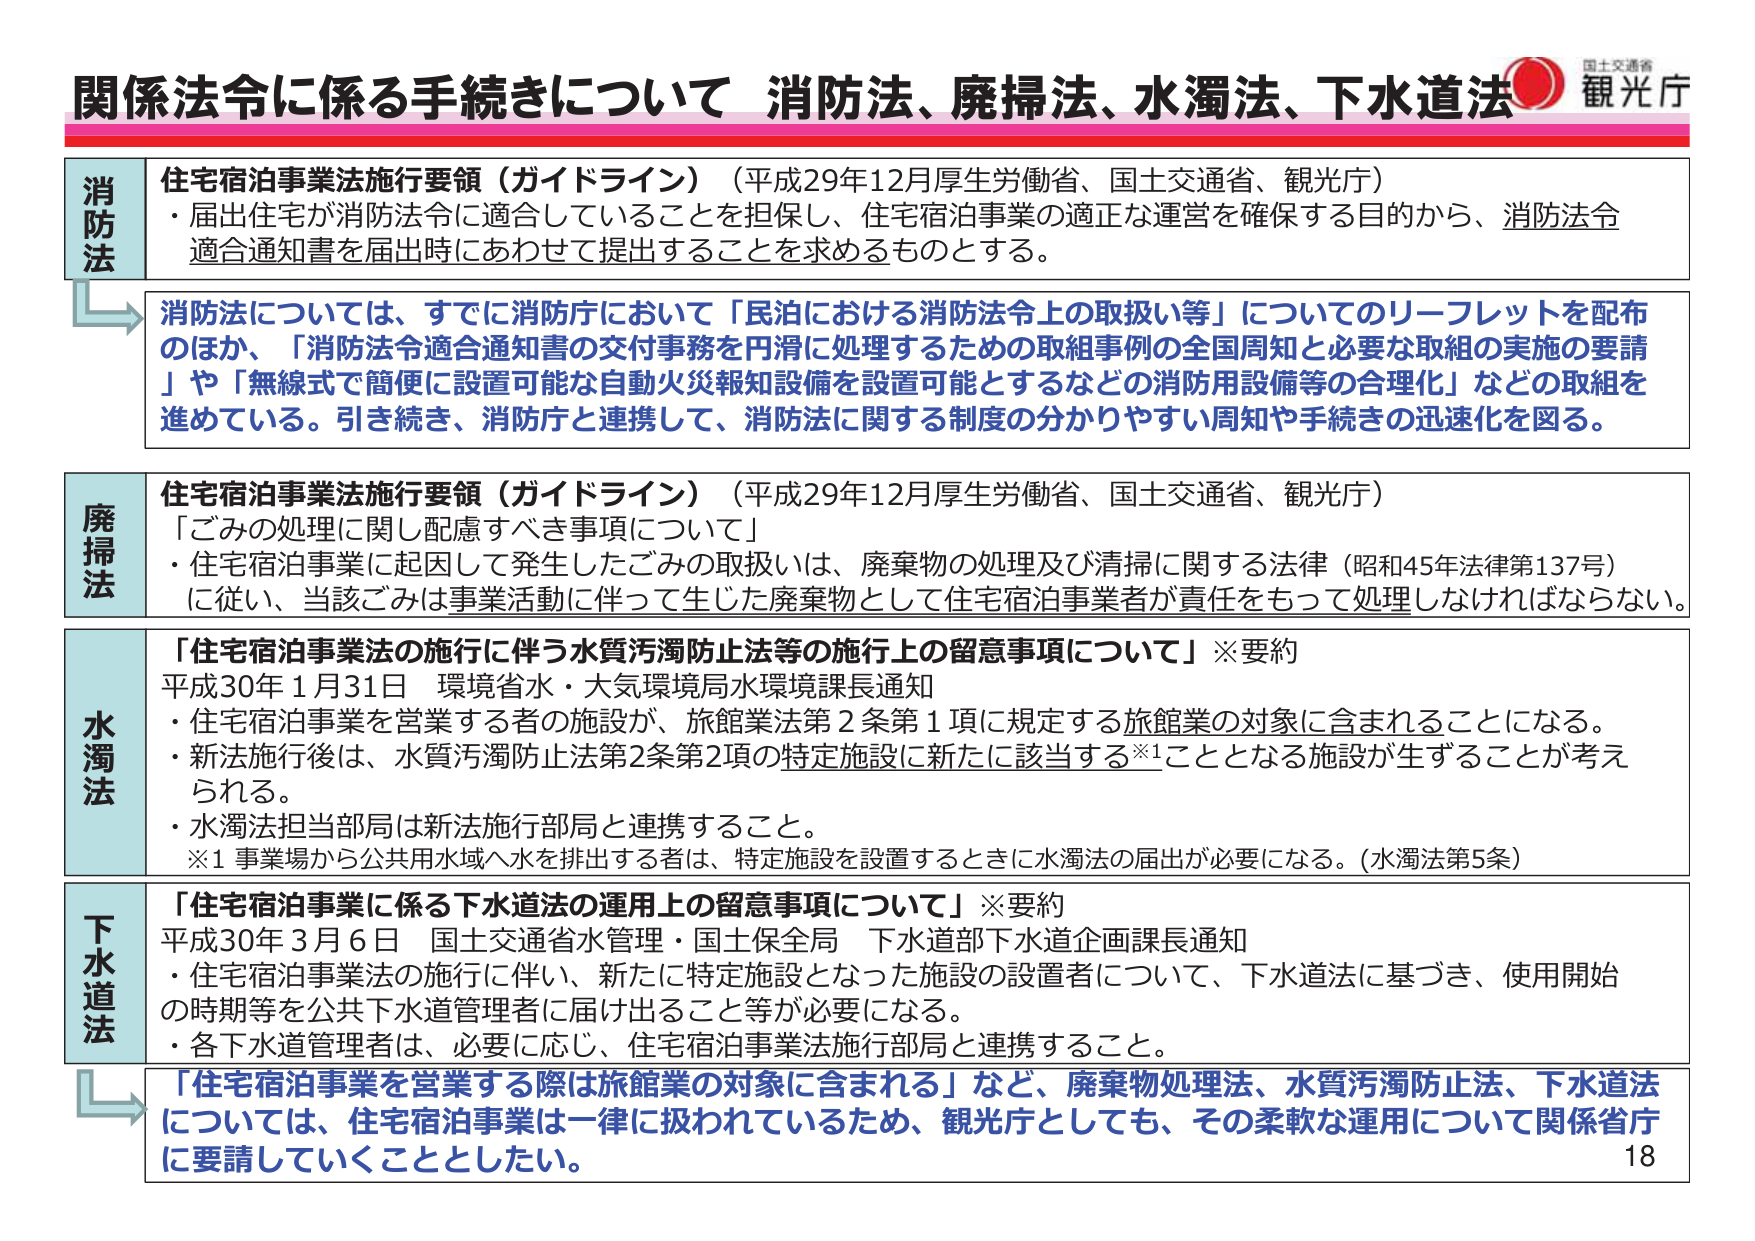
関係法令に係る手続きについて 消防法、廃掃法、水濁法、下水道法
国土交通省
観光庁

消防法
住宅宿泊事業法施行要領（ガイドライン）（平成29年12月厚生労働省、国土交通省、観光庁）
・届出住宅が消防法令に適合していることを担保し、住宅宿泊事業の適正な運営を確保する目的から、消防法令適合通知書を届出時にあわせて提出することを求めるものとする。

消防法については、すでに消防庁において「民泊における消防法令上の取扱い等」についてのリーフレットを配布のほか、「消防法令適合通知書の交付事務を円滑に処理するための取組事例の全国周知と必要な取組の実施の要請」や「無線式で簡便に設置可能な自動火災報知設備を設置可能とするなどの消防用設備等の合理化」などの取組を進めている。引き続き、消防庁と連携して、消防法に関する制度の分かりやすい周知や手続きの迅速化を図る。

廃掃法
住宅宿泊事業法施行要領（ガイドライン）（平成29年12月厚生労働省、国土交通省、観光庁）
「ごみの処理に関し配慮すべき事項について」
・住宅宿泊事業に起因して発生したごみの取扱いは、廃棄物の処理及び清掃に関する法律（昭和45年法律第137号）に従い、当該ごみは事業活動に伴って生じた廃棄物として住宅宿泊事業者が責任をもって処理しなければならない。

水濁法
「住宅宿泊事業法の施行に伴う水質汚濁防止法等の施行上の留意事項について」※要約
平成30年1月31日 環境省水・大気環境局水環境課長通知
・住宅宿泊事業を営業する者の施設が、旅館業法第2条第1項に規定する旅館業の対象に含まれることになる。
・新法施行後は、水質汚濁防止法第2条第2項の特定施設に新たに該当する※1こととなる施設が生ずることが考えられる。
・水濁法担当部局は新法施行部局と連携すること。
※1 事業場から公共用水域へ水を排出する者は、特定施設を設置するときに水濁法の届出が必要になる。（水濁法第5条）

下水道法
「住宅宿泊事業に係る下水道法の運用上の留意事項について」※要約
平成30年3月6日 国土交通省水管理・国土保全局 下水道部下水道企画課長通知
・住宅宿泊事業法の施行に伴い、新たに特定施設となった施設の設置者について、下水道法に基づき、使用開始の時期等を公共下水道管理者に届け出ること等が必要になる。
・各下水道管理者は、必要に応じ、住宅宿泊事業法施行部局と連携すること。

「住宅宿泊事業を営業する際は旅館業の対象に含まれる」など、廃棄物処理法、水質汚濁防止法、下水道法については、住宅宿泊事業は一律に扱われているため、観光庁としても、その柔軟な運用について関係省庁に要請していくこととした。

18